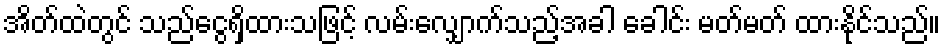
အိတ်ထဲတွင် သည်ငွေရှိထားသဖြင့် လမ်းလျှောက်သည့်အခါ ခေါင်း မတ်မတ် ထားနိုင်သည်။